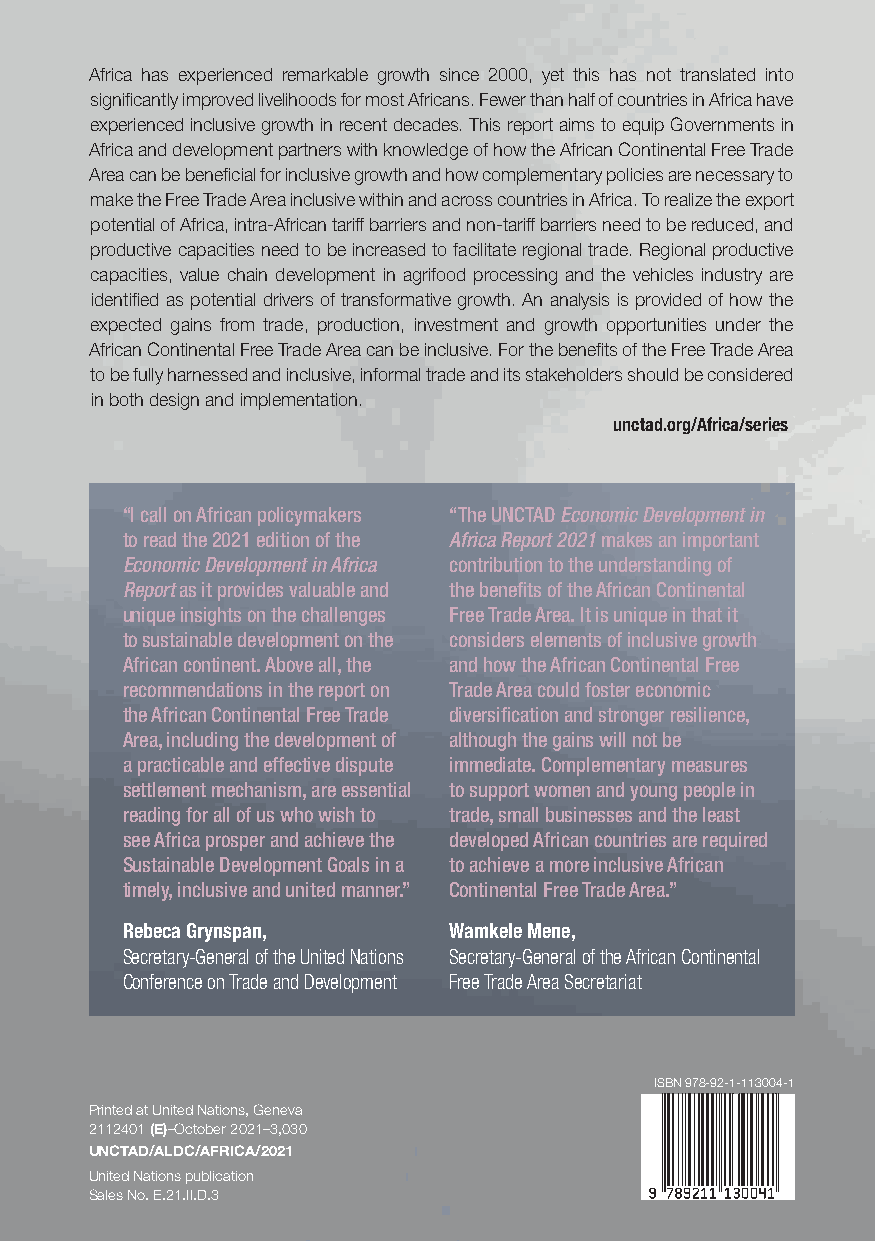
Africa has experienced remarkable growth since 2000, yet this has not translated into UNITED NATIONS CONFERENCE ON TRADE AND DEVELOPMENT
 significantly improved livelihoods for most Africans. Fewer than half of countries in Africa have
 experienced inclusive growth in recent decades. This report aims to equip Governments in
 Africa and development partners with knowledge of how the African Continental Free Trade
 Area can be beneficial for inclusive growth and how complementary policies are necessary to
 make the Free Trade Area inclusive within and across countries in Africa. To realize the export REAPING THE POTENTIAL BENEFITS OF THE
 potential of Africa, intra-African tariff barriers and non-tariff barriers need to be reduced, and
 productive capacities need to be increased to facilitate regional trade. Regional productive African Continental
 capacities, value chain development in agrifood processing and the vehicles industry are
 identified as potential drivers of transformative growth. An analysis is provided of how the
 expected gains from trade, production, investment and growth opportunities under the Free Trade Area
 African Continental Free Trade Area can be inclusive. For the benefits of the Free Trade Area
 to be fully harnessed and inclusive, informal trade and its stakeholders should be considered
 in both design and implementation.                                     FOR   INCLUSIVE    GROWTH
 unctad.org/Africa/series
 “I call on African policymakers “The UNCTAD Economic Development in
 to read the 2021 edition of the Africa Report 2021 makes an important
 Economic Development in Africa contribution to the understanding of
 Report as it provides valuable and the benefits of the African Continental
 unique insights on the challenges Free Trade Area. It is unique in that it
 to sustainable development on the considers elements of inclusive growth
 African continent. Above all, the and how the African Continental Free
 recommendations in the report on Trade Area could foster economic
 the African Continental Free Trade diversification and stronger resilience,
 Area, including the development of although the gains will not be
 a practicable and effective dispute immediate. Complementary measures
 settlement mechanism, are essential to support women and young people in
 reading for all of us who wish to trade, small businesses and the least
 see Africa prosper and achieve the developed African countries are required
 ECONOMIC
 Sustainable Development Goals in a to achieve a more inclusive African
 DEVELOPMENT IN
 timely, inclusive and united manner.” Continental Free Trade Area.”
 Rebeca Grynspan,      Wamkele Mene,
 Secretary-General of the United Nations Secretary-General of the African Continental
 Report2021
 Conference on Trade and Development Free Trade Area Secretariat
 ISBN 978-92-1-113004-1
 Printed at United Nations, Geneva
 2112401 (E)–October 2021–3,030
 UNCTAD/ALDC/AFRICA/2021
 United Nations publication
 Sales No. E.21.II.D.3
 UNCTAD
 ECONOMIC
 DEVELOPMENT
 IN
 AFRICA
 REPORT
 2021
 UNITED
 NATIONS